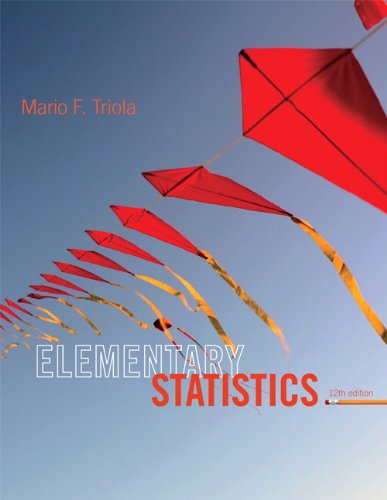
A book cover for Elementary Statistics (12th Edition); Mario F. Triola; Science & Math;